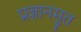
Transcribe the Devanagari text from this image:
प्रज्ञानमुत